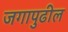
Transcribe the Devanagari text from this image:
जगापुढील